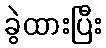
ခွဲထားပြီး